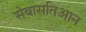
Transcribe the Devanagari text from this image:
सेबासतिआन